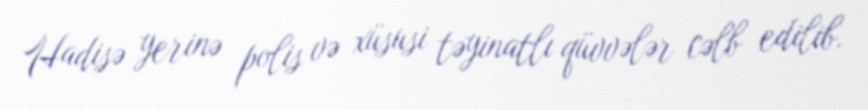
Hadisə yerinə polis və xüsusi təyinatlı qüvvələr cəlb edilib.